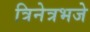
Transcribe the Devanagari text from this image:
त्रिनेत्रभजे